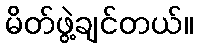
မိတ်ဖွဲ့ချင်တယ်။